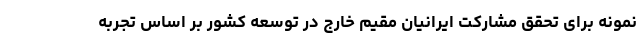
نمونه برای تحقق مشارکت ایرانیان مقیم خارج در توسعه کشور بر اساس تجربه